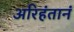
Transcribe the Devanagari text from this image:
अरिहंतानं